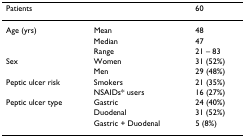
| Patients |  | 60 |
 | --- | --- | --- |
 | Age (yrs) | Mean | 48 |
 |  | Median | 47 |
 |  | Range | 21 – 83 |
 | Sex | Women | 31 (52%) |
 |  | Men | 29 (48%) |
 | Peptic ulcer risk | Smokers | 21 (35%) |
 |  | NSAIDs* users | 16 (27%) |
 | Peptic ulcer type | Gastric | 24 (40%) |
 |  | Duodenal | 31 (52%) |
 |  | Gastric + Duodenal | 5 (8%) |